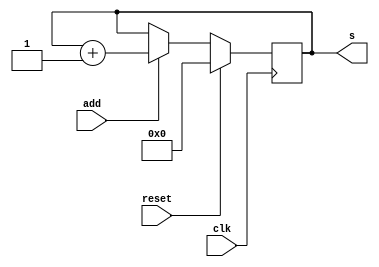
//contador 9-bits com sinal para contagem.
module contador_9b (add, reset, clk, s);
    parameter TRUE = 1'b1, FALSE = 1'b0;

    input add, reset, clk;
    output reg [8:0] s;

    initial begin
        s = 9'b000000000;
    end

    always @ (posedge clk) begin
        if (reset == TRUE) s = 9'b000000000;
        else if (add == TRUE) s = s + 9'b000000001;
    end
endmodule